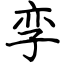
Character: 孪